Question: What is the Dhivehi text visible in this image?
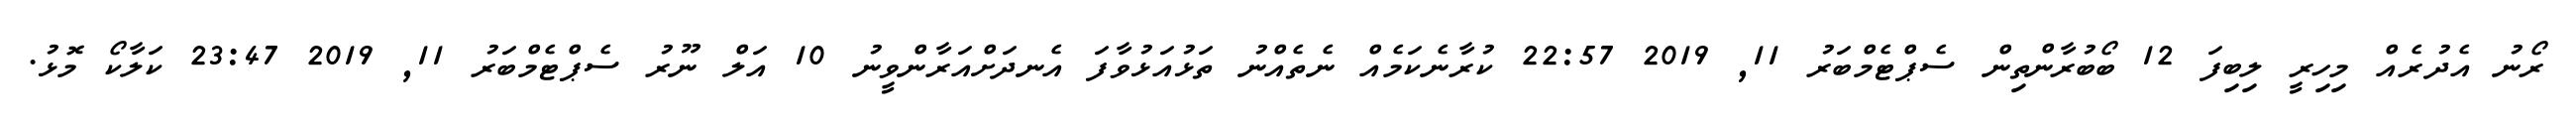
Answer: ރޯނު އެދުރެއް މިހިރީ ލިބިފަ 12 ބޯބުރާންތިން ސެޕްޓެމްބަރު 11, 2019 22:57 ކުރާނެކަމެއް ނެތެއްނު ތަޅުއަޅުވާފަ އެނދަށްއަރާންވީނު 10 އަލް ނޫރު ސެޕްޓެމްބަރު 11, 2019 23:47 ކަލާކޯ މޮޅު.